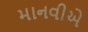
માનવીએ